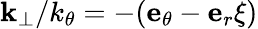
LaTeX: {\mathbf k}_{\perp}/k_{\theta}=-({\mathbf e_{\theta}}-{\mathbf e}_{r}\xi)